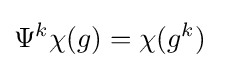
\Psi ^{k}\chi (g)=\chi (g^{k})\